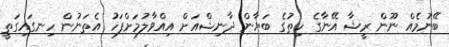
ބޭނުމެއް ނޫން ރީޝާ އޭނާގެ ހިތުގެ ބަޔާން ދާނިޝްއަށް އިއްވާލުމަށްފަހު އެތަނުން ހިނގައިގަތީ